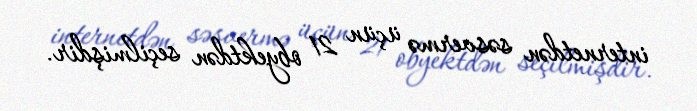
internetdən səsvermə üçün 21 obyektdən seçilmişdir.